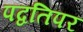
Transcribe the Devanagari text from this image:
पद्वतिपर